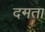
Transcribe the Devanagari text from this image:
दमता